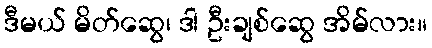
ဒီမယ် မိတ်ဆွေ၊ ဒါ ဦးချစ်ဆွေ အိမ်လား။